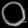
Digit: ၀